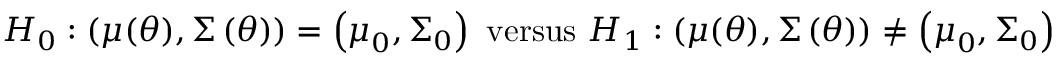
H _ { 0 } : \left( \boldsymbol { \mu } ( \boldsymbol { \theta } ) , \boldsymbol { \Sigma } \left( \boldsymbol { \theta } \right) \right) = \left( \boldsymbol { \mu } _ { 0 } , \boldsymbol { \Sigma } _ { 0 } \right) \mathrm { ~ v e r s u s ~ } H _ { 1 } : \left( \boldsymbol { \mu } ( \boldsymbol { \theta } ) , \boldsymbol { \Sigma } \left( \boldsymbol { \theta } \right) \right) \neq \left( \boldsymbol { \mu } _ { 0 } , \boldsymbol { \Sigma } _ { 0 } \right)